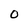
Character: O